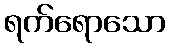
ရက်ရောသော